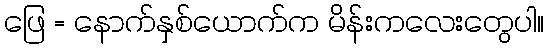
ဖြေ = နောက်နှစ်ယောက်က မိန်းကလေးတွေပါ။